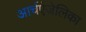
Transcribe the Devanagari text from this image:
आर्चएंजेलिका